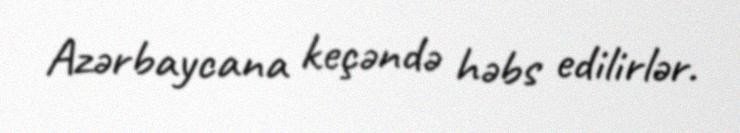
Azərbaycana keçəndə həbs edilirlər.